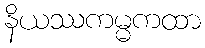
နိယဿကမ္မကထာ